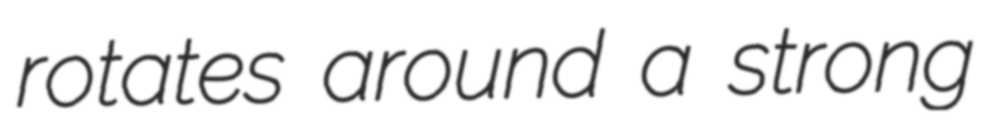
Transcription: rotates around a strong